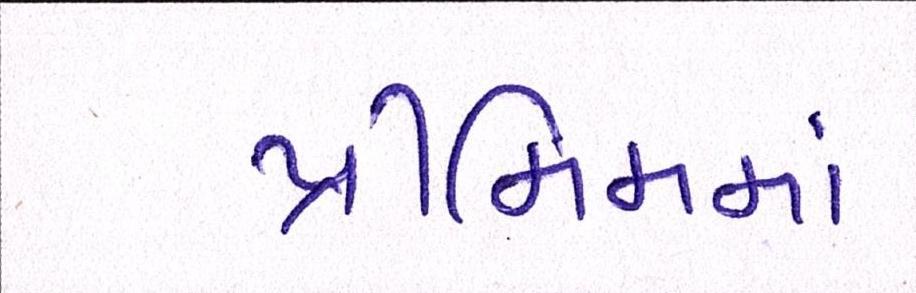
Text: પ્રીમિમમાં